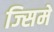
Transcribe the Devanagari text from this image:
ज्सिमें